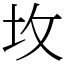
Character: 坆